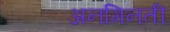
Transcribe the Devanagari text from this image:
अनगिनती